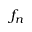
f _ { n }